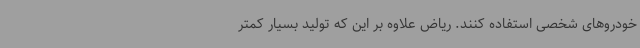
خودروهای شخصی استفاده کنند. ریاض علاوه بر این که تولید بسیار کمتر